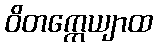
ဝိတက္ကေယျာထ